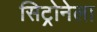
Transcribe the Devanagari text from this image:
सिट्रोनेला